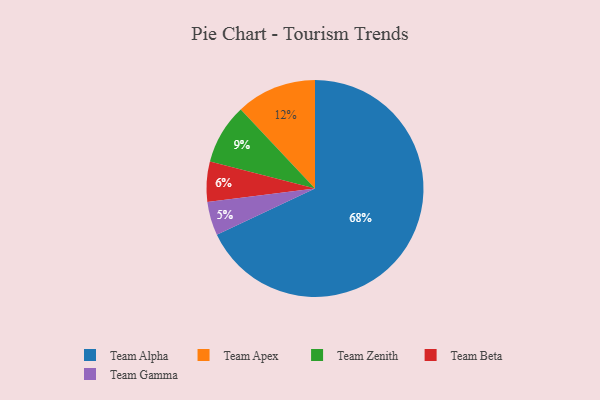
{"axis": {"x": "Category", "y": "Percentage"}, "legend": ["Team Alpha", "Team Apex", "Team Beta", "Team Gamma", "Team Zenith"], "data": [{"x": "Team Alpha", "y": 68, "type": "Team Alpha"}, {"x": "Team Apex", "y": 12, "type": "Team Apex"}, {"x": "Team Beta", "y": 6, "type": "Team Beta"}, {"x": "Team Zenith", "y": 9, "type": "Team Zenith"}, {"x": "Team Gamma", "y": 5, "type": "Team Gamma"}]}